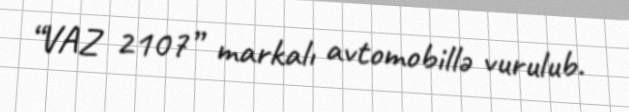
“VAZ 2107” markalı avtomobillə vurulub.